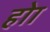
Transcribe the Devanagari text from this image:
होा